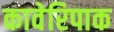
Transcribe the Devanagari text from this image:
कावेरिपाक